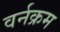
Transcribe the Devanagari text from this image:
वर्नक्रम